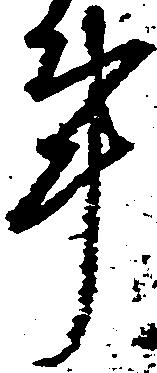
事